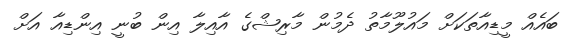
ބައެއް މީޑިއާތަކަށް މައުލޫމާތު ދެމުން މާރިޝްގެ އާއިލާ އިން ބުނީ އިންޑިއާ އަށް